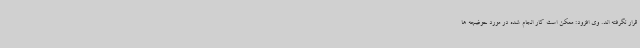
قرار نگرفته اند. وی افزود: ممکن است کار انجام شده در مورد حوضچه ها